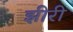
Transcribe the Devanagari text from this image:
झीरी